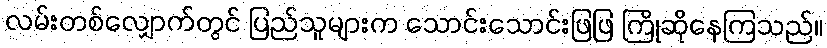
လမ်းတစ်လျှောက်တွင် ပြည်သူများက သောင်းသောင်းဖြဖြ ကြိုဆိုနေကြသည်။